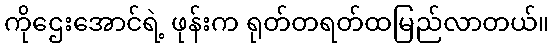
ကိုဌေးအောင်ရဲ့ ဖုန်းက ရုတ်တရတ်ထမြည်လာတယ်။